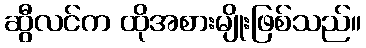
ဆွီလင်က ထိုအစားမျိုးဖြစ်သည်။